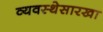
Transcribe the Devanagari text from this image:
व्यवस्थेसारखा